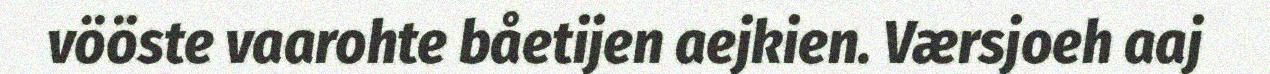
vööste vaarohte båetijen aejkien. Værsjoeh aaj